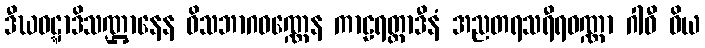
ဒီဃဝဋ္ဋာဒိသဏ္ဌာနေန ဝိသဘာဂဝဏ္ဏေန ကာဠရတ္တာဒီနံ အညတရသရီရဝဏ္ဏာ ဂါဝီ ဝိယ